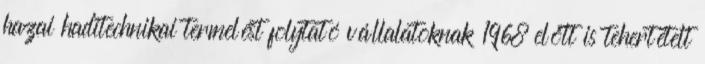
hazai haditechnikai termelést folytató vállalatoknak 1968 előtt is tehertételt